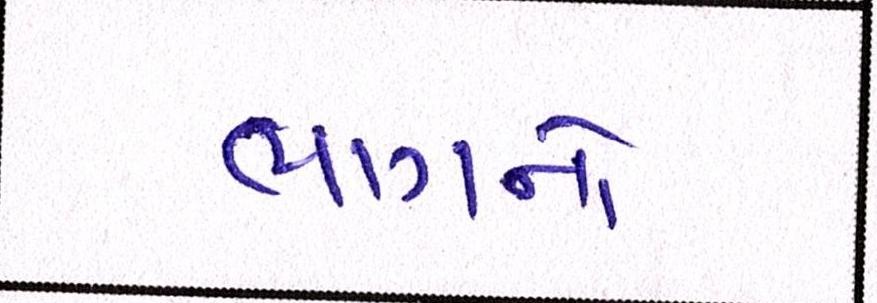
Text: ભાગનો